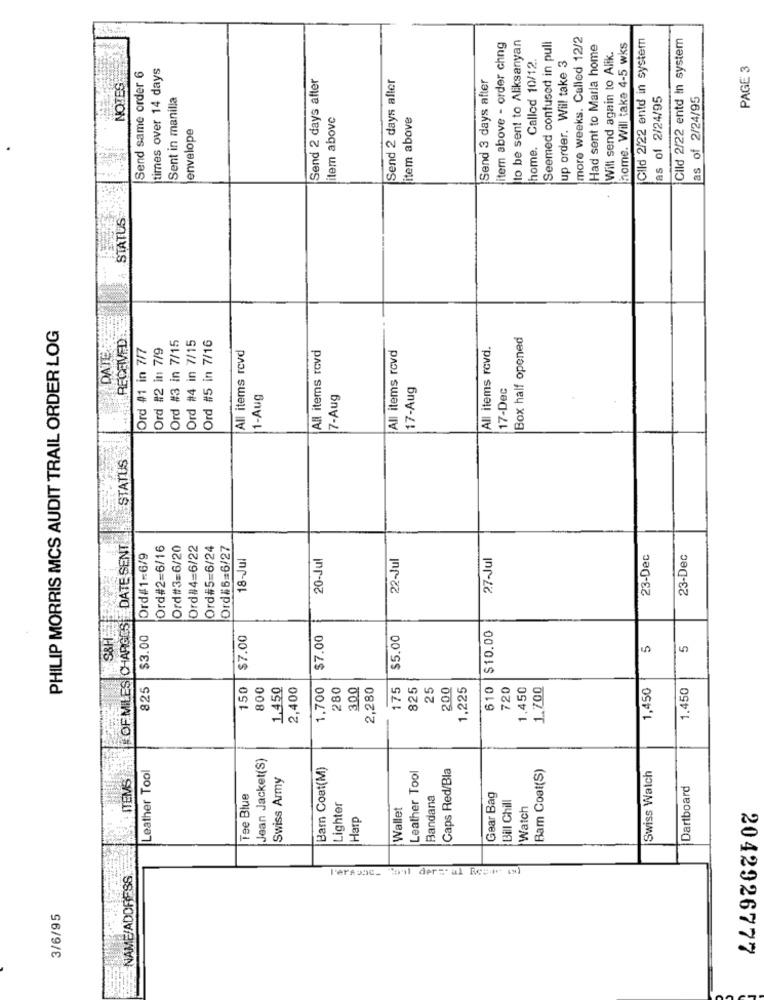
to be sent to Aliksanyan
more weeks. Called 12/2
¡CIld 2/22 entd in system
Clld 2/22 entd in system
item above - order chng
Seemed confused in pull
Had sent to Marla home
Will send again to Alik.
home. Will take 4-5 wks
home. Called 10/12.
up order. Will take 3
Send same order 6
times over 14 days
PAGE 3
Send 2 days after
Send 2 days after
Send 3 days after
NOTES
Sent in manilla
as of 2/24/95
as of 2/24/95
item above
item above
envelope
STATUS
PHILIP MORRIS MCS AUDIT TRAIL ORDER LOG
RECEIVED
Ord #3 in 7/15
Ord #4 in 7/15
Ord #5 in 7/16
Box half opened
DATES
Ord #1 in 7/7
Ord #2 in 7/9
All items revd
All items rovd
All items rovd
All items revd.
17-Aug
17-Dec
1-Aug
7-Aug
STATUS
OF MILES CHARGES| DATE SENT
Ord#2=6/16
Ord#3=6/20
Ord#4=6/22
Ord#5=6/24
Ord#6=6/27
Ord#1-6/9
18-Jul
20-Jul
22-Jul
27-Jul
23-Dec
23-Dec
S&H-
$10.00
$3.00
$7.00
$7.00
$5.00
5
5
825
150
800
1,450
2,400
1,700
280
300
2,280
175
825
25
200
1,225
610
720
1,450
1.700
1,450
1.450
Jean Jacket(S)
Leather Tool
Barn Coat(M)
Caps Red/Bla
Bam Coat(S)
ITEMS
Swiss Army
Leather Tool
Swiss Watch
Dartboard
Tee Blue
Bandana
Gear Bag
Bill Chill
Lighter
Wallet
Watch
Harp
NAME/ADDRESS
Personc. "oul dermal Reste (sd)
3/6/95
2042926777